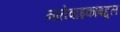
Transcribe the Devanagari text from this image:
नातेवाइकांबद्दल